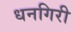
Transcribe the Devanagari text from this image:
धनगिरी